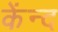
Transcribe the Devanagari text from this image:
केंन्द